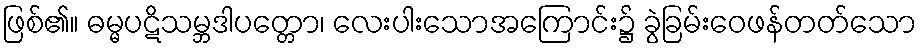
ဖြစ်၏။ ဓမ္မပဋိသမ္ဘဒါပတ္တော၊ လေးပါးသောအကြောင်း၌ ခွဲခြမ်းဝေဖန်တတ်သော